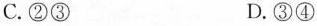
C.②③ D.③④